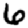
Digit: 6